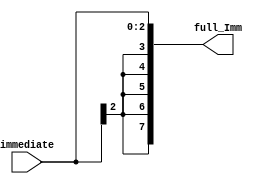
`timescale 1ns / 1ps
//////////////////////////////////////////////////////////////////////////////////
//   SUBMISSION 
//////////////////////////////////////////////////////////////////////////////////


/*
    Takes a 5bit input and sign extends to 8 bits
*/
module Sign_Extend_Unit(
    input [2:0] immediate,
    output reg[7:0] full_Imm
    );
    always @(immediate)
    begin
        full_Imm = $signed(immediate);
    end
endmodule